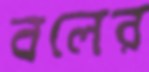
বলের